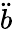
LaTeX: \ddot{b}